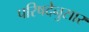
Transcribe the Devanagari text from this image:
परिषदेनुसार